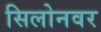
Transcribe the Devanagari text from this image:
सिलोनवर